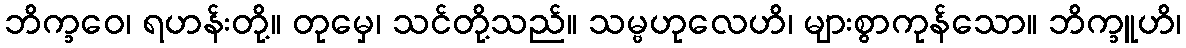
ဘိက္ခဝေ၊ ရဟန်းတို့။ တုမှေ၊ သင်တို့သည်။ သမ္ဗဟုလေဟိ၊ များစွာကုန်သော။ ဘိက္ခူဟိ၊